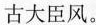
古大臣风。